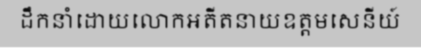
ដឹកនាំដោយលោកអតីតនាយឧត្តមសេនីយ៍